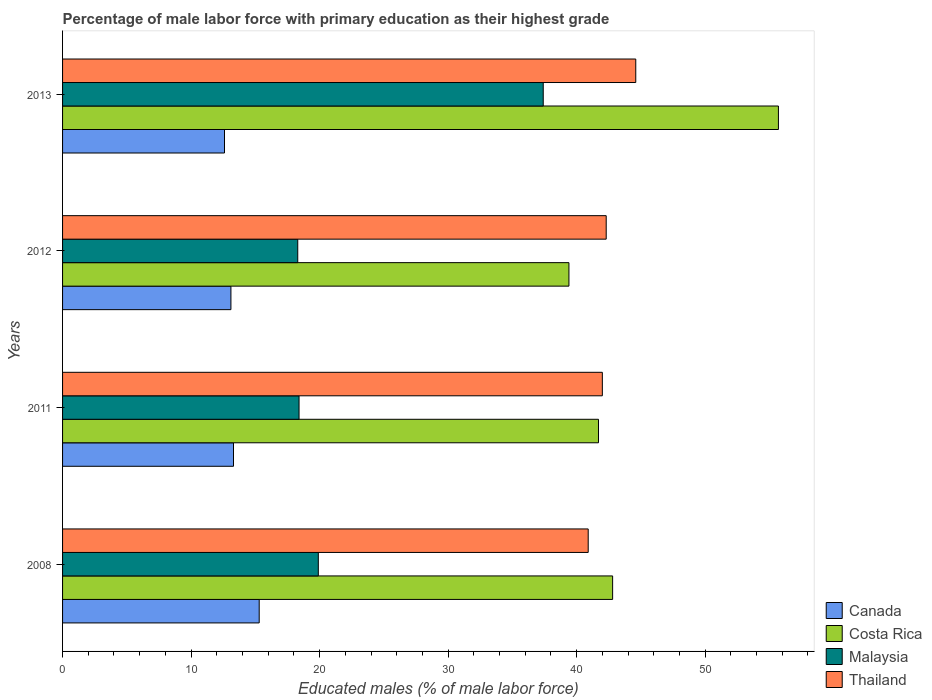
| Years | Canada | Costa Rica | Malaysia | Thailand |
 | --- | --- | --- | --- | --- |
 | 2008 | 15.3 | 42.8 | 19.9 | 40.9 |
 | 2011 | 13.3 | 41.7 | 18.4 | 42 |
 | 2012 | 13.1 | 39.4 | 18.3 | 42.3 |
 | 2013 | 12.6 | 55.7 | 37.4 | 44.6 |